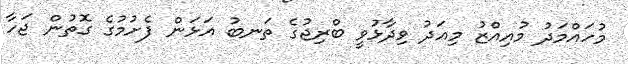
މުހައްމަދު މުއިއްޒު މިއަދު ވިދާޅުވީ ބްރިޖުގެ ތަނބު އަޅަން ފެށުމުގެ ގޮތުން ޖަހާ